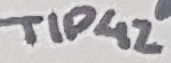
Text: TIP42